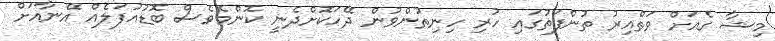
މިޝާ ގެއަށް ވަތްއިރު ތުންފަތުގައި ހުރި ހިނިތުންވުން ދޭހަކޮށްދެނީ ކޮންމެވެސް ބޮޑުއުފަލެއް އޭނާއަށް